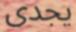
يجدى